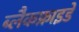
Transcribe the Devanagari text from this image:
ब्लैकफ्राइडे